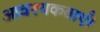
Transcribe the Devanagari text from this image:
आवश्यकताएँ।